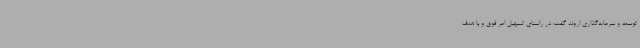
توسعه و سرمایه‌گذاری اروند گفت: در راستای تسهیل امر فوق و با هدف